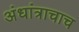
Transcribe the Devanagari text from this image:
अंधांत्राचाच